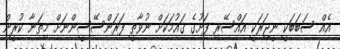
އެއް ސަބަބަކީ ނީޖަރަކީ އައްސޭރި ފަށުގެ ޤައުމަކަށް ނުވާތީ ފަރަންސޭސީންނަށް މިތަނާ ކުރީން